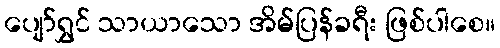
ပျော်ရွှင် သာယာသော အိမ်ပြန်ခရီး ဖြစ်ပါစေ။